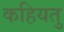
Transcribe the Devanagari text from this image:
कहियतु